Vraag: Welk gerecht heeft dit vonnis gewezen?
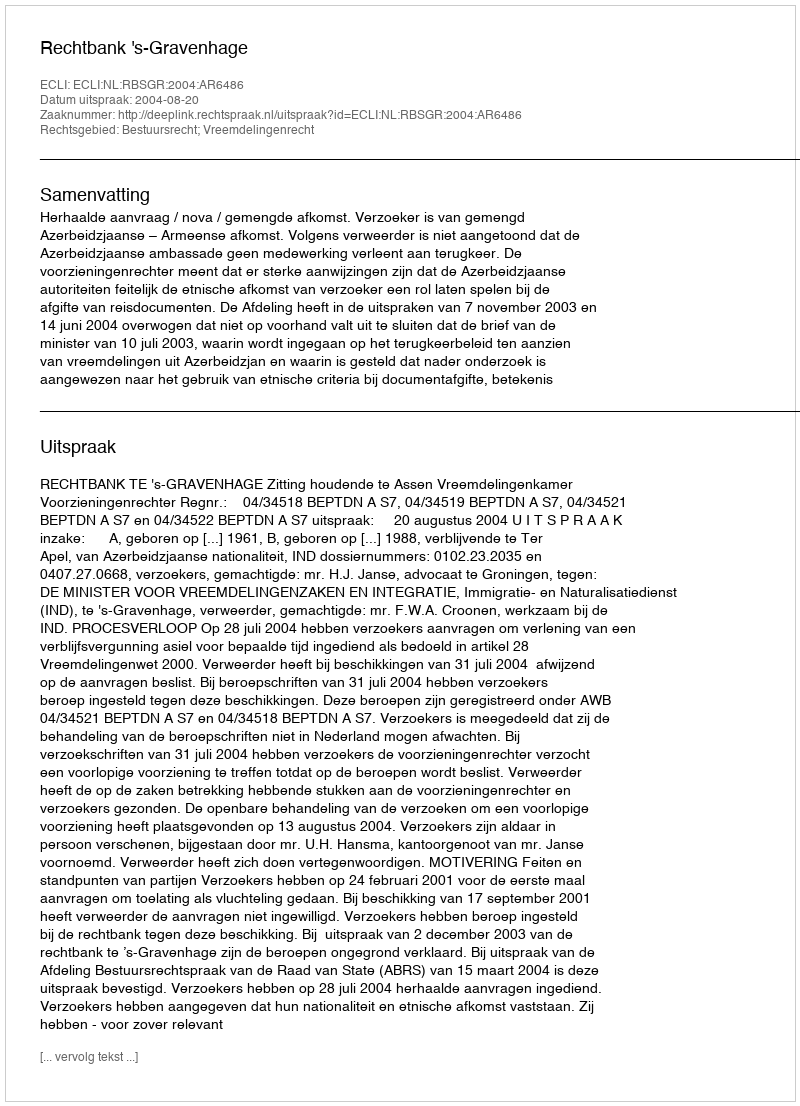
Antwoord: Rechtbank 's-Gravenhage